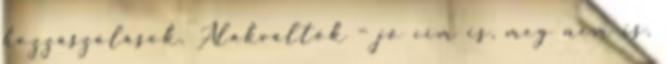
hozzászólások. Alakváltók – jó cím is, meg nem is.